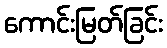
ကောင်းမြတ်ခြင်း